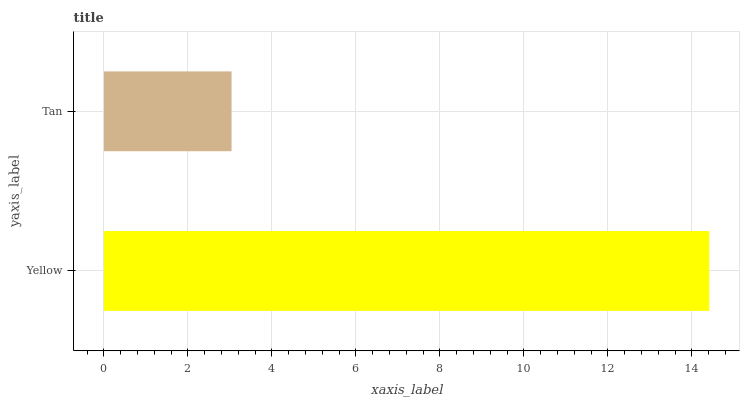
| yaxis_label | bars |
 | --- | --- |
 | Yellow | 14.4 |
 | Tan | 3.04 |